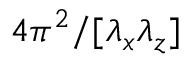
4 \pi ^ { 2 } / [ \lambda _ { x } \lambda _ { z } ]